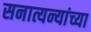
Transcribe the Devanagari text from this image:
सनात्यन्यांच्या